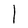
Character: l